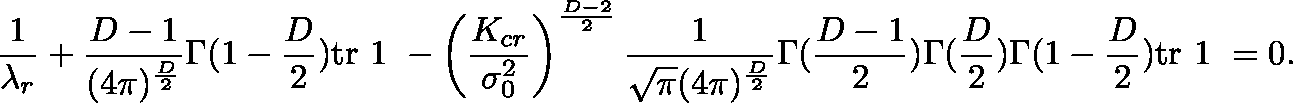
\frac { 1 } { \lambda _ { r } } + \frac { D - 1 } { ( 4 \pi ) ^ { \frac { D } { 2 } } } \Gamma ( 1 - \frac { D } { 2 } ) \mathrm { t r } \mathrm { \boldmath ~ 1 ~ } - \left( \frac { K _ { c r } } { \sigma _ { 0 } ^ { 2 } } \right) ^ { \frac { D - 2 } { 2 } } \frac { 1 } { \sqrt { \pi } ( 4 \pi ) ^ { \frac { D } { 2 } } } \Gamma ( \frac { D - 1 } { 2 } ) \Gamma ( \frac { D } { 2 } ) \Gamma ( 1 - \frac { D } { 2 } ) \mathrm { t r } \mathrm { \boldmath ~ 1 ~ } = 0 .